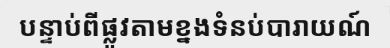
បន្ទាប់ពីផ្លូវតាមខ្នងទំនប់បារាយណ៍